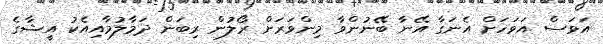
އަވަސް އަވަހަށް އެނަގާ އޭނާ ބޭނުންވާ މިންވަރަށް ރޯލުން ރިބަން ދަމާލުމާއިއެކު އީޝާގެ